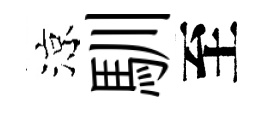
涼馴至